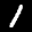
Label: 1